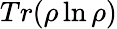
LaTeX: Tr(\rho\ln\rho)